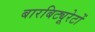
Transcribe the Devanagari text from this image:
बारबिट्यूरेटों